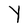
Character: Y